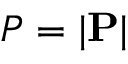
P = | \mathbf { P } |